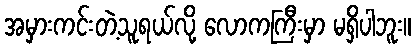
အမှားကင်းတဲ့သူရယ်လို့ လောကကြီးမှာ မရှိပါဘူး။